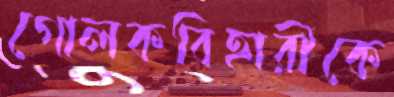
গোলকবিহারীকে